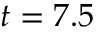
t = 7 . 5